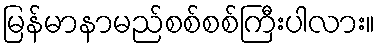
မြန်မာနာမည်စစ်စစ်ကြီးပါလား။